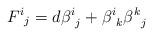
LaTeX: \begin{align*}{F^i}_j = d {\beta^i}_j + {\beta ^i}_k {\beta ^k}_j\end{align*}